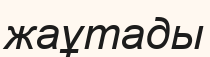
жаұтады